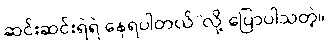
ဆင်းဆင်းရဲရဲ နေရပါတယ်”လို့ ပြောပါသတဲ့။